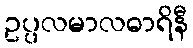
ဥပ္ပလမာလဓာရိနီ